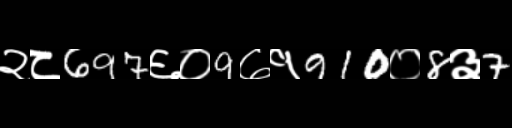
Text: २८697६०9७१910०8३7